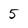
Character: 5